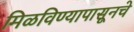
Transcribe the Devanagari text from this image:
मिळविण्यापासूनचे